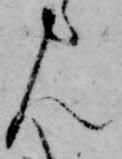
ん